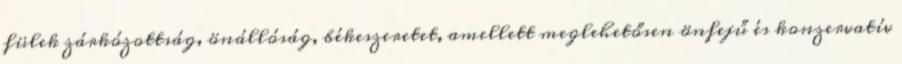
fülek zárkózottság, önállóság, békeszeretet, amellett meglehetősen önfejű és konzervatív